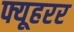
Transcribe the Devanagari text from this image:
फ्यूहरर